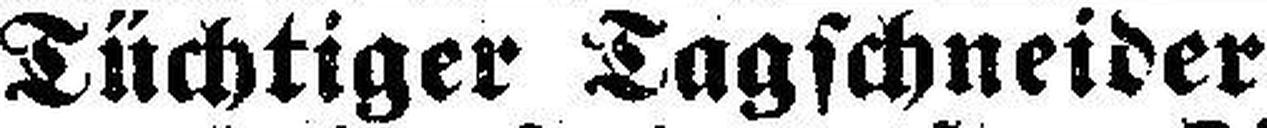
Tüchtiger Tagschneider